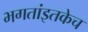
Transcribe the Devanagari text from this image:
भगतांइतकेच